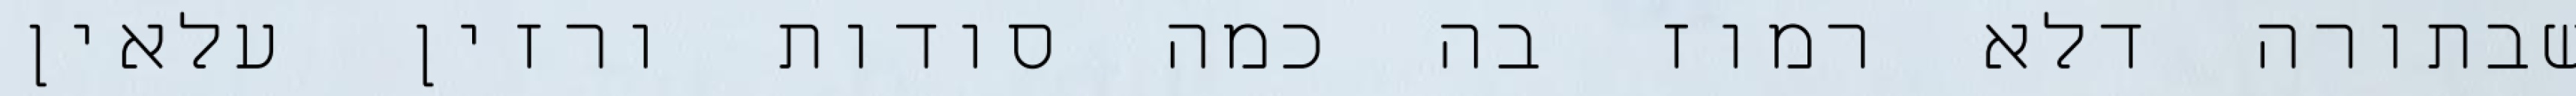
שבתורה דלא רמוז בה כמה סודות ורזין עלאין